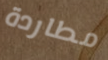
مطاردة